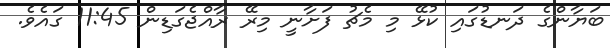
ބަޔާންގެ ދަނޑުގައި ކުޅޭ މި މެޗު ފަށާނީ މިރޭ ރާއްޖެގަޑިން 11:45 ގައެވެ.